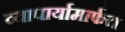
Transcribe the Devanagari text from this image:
व्यापार्यामार्फत